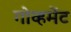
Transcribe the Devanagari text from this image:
गोव्हमेंट